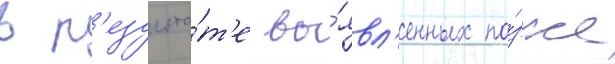
в р'езульта́т'е вы́явл'енных по́зже